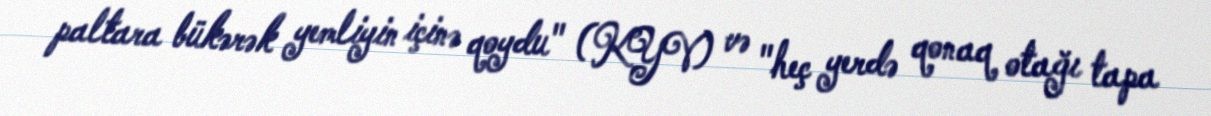
paltara bükərək yemliyin içinə qoydu" (KYV) və "heç yerdə qonaq otağı tapa